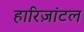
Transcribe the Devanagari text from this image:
हारिज़ांटल